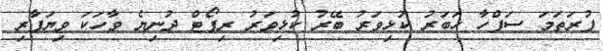
ފުރަތަމަ ސަފްހާ ޚަބަރު ކުޅިވަރު ބޭރު ކުޅިވަރު ރިޕޯޓް ދުނިޔެ ވާހަކަ ވިޔަފާރި